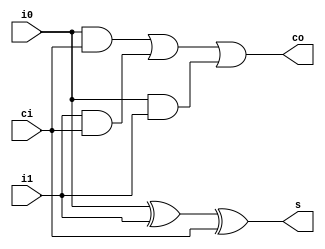
/* Generated by Yosys 0.9+3891 (git sha1 2f64f961, clang 7.0.1-8+deb10u2 -fPIC -Os) */

module full_adder(i0, i1, ci, s, co);
  wire _0_;
  wire _1_;
  wire _2_;
  wire _3_;
  wire _4_;
  wire _5_;
  wire _6_;
  input ci;
  output co;
  input i0;
  input i1;
  output s;
  assign _0_ = i0 ^ i1;
  assign _1_ = _0_ ^ ci;
  assign _2_ = i0 & ci;
  assign _3_ = i1 & ci;
  assign _4_ = _2_ | _3_;
  assign _5_ = i0 & i1;
  assign _6_ = _4_ | _5_;
  assign s = _1_;
  assign co = _6_;
endmodule